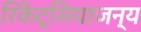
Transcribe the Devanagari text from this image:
रिकेट्सियाजन्य